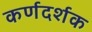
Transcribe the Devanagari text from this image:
कर्णदर्शक